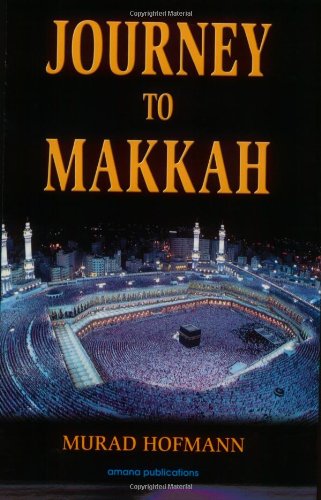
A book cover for Journey to Makkah; Murad W. Hofmann; Religion & Spirituality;